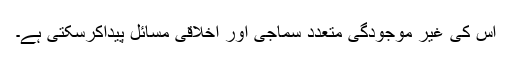
اس کی غیر موجودگی متعدد سماجی اور اخلاقی مسائل پیداکرسکتی ہے۔